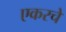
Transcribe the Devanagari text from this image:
एकरचे